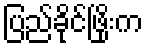
ပြည်ခိုင်ဖြိုးက